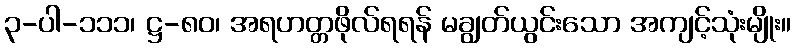
၃-ပါ-၁၁၁၊ ဋ္ဌ-၈၀၊ အရဟတ္တဖိုလ်ရရန် မချွတ်ယွင်းသော အကျင့်သုံးမျိုး။